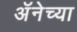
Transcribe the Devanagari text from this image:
अॅनेच्या